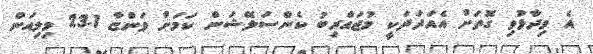
އެ ވިދާޅުވި ގޮތަށް އެއަދަދަކީ މުޖައްރިބު ކެންސަލޭޝަން ކަމަށް ވަންޏާ 23.1 މިލިއަން